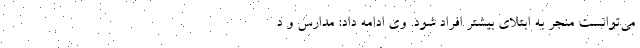
می‌توانست منجر به ابتلای بیشتر افراد شود. وی ادامه داد: مدارس و د